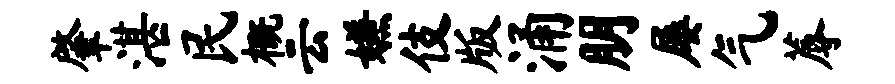
肇湛民概云嫌伎版涌朋屡气蓐